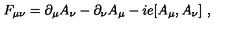
F _ { \mu \nu } = \partial _ { \mu } A _ { \nu } - \partial _ { \nu } A _ { \mu } - i e [ A _ { \mu } , A _ { \nu } ] \ ,